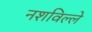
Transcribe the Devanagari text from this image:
नशविल्ले